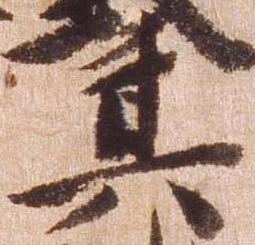
其